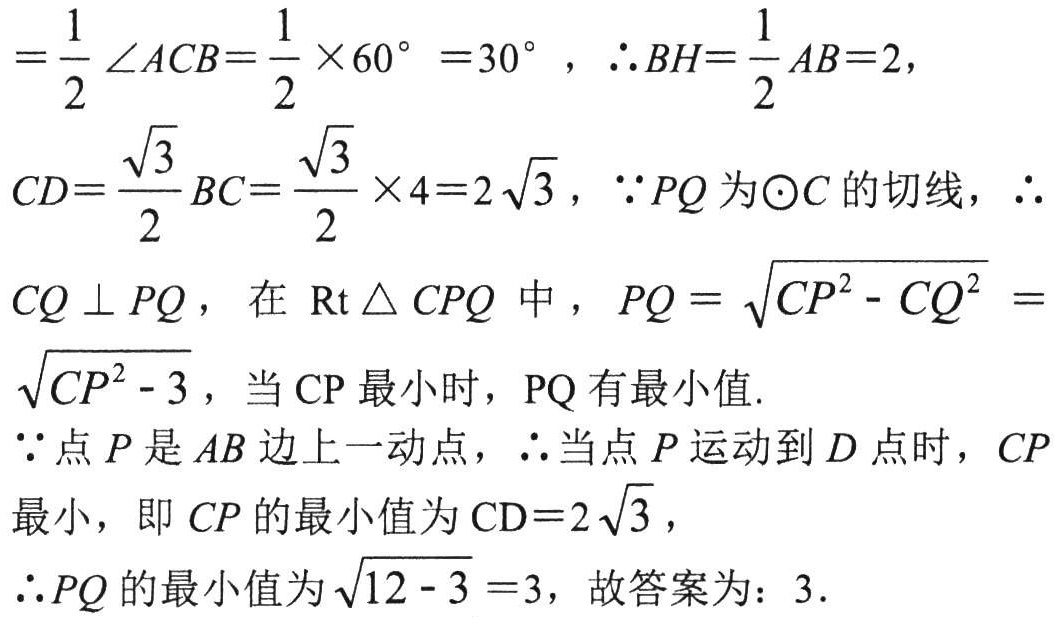
$=\frac{1}{2}\angle ACB=\frac{1}{2}\times60^{\circ}=30^{\circ},\therefore BH = \frac{1}{2}AB = 2,$
$CD=\frac{\sqrt{3}}{2}BC=\frac{\sqrt{3}}{2}\times4 = 2\sqrt{3},\because PQ\text{为}\odot C\text{的切线},\therefore$
$CQ\perp PQ,\text{在}\text{Rt}\triangle CPQ\text{中},PQ=\sqrt{CP^{2}-CQ^{2}}=$
$\sqrt{CP^{2}-3},\text{当}\text{CP最小时},\text{PQ有最小值}.$
$\because\text{点}P\text{是}AB\text{边上一动点},\therefore\text{当点}P\text{运动到}D\text{点时},CP$
$\text{最小},\text{即}CP\text{的最小值为}\text{CD}=2\sqrt{3},$
$\therefore PQ\text{的最小值为}\sqrt{12 - 3}=3,\text{故答案为：}3.$